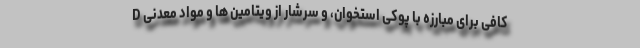
D کافی برای مبارزه با پوکی استخوان، و سرشار از ویتامین ها و مواد معدنی